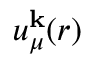
u _ { \mu } ^ { \mathbf { k } } ( r )